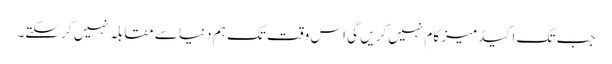
جب تک اکیڈمیز کام نہیں کریں گی اس وقت تک ہم دنیا سے مقابلہ نہیں کر سکتے۔